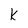
Character: k